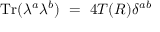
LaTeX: \mathrm { T r } ( \lambda ^ { a } \lambda ^ { b } ) ~ = ~ 4 T ( R ) \delta ^ { a b }